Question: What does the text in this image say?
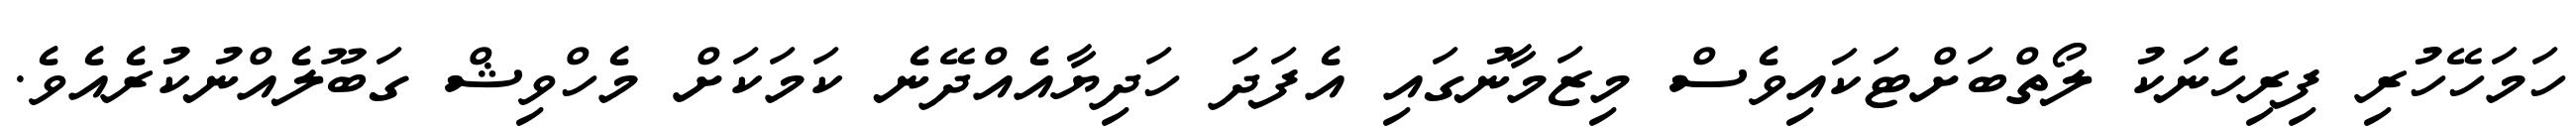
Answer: ހަމަހޭހުރި ފިރިހެނަކު ލޯތްބަށްޓަކައިވެސް މިޒަމާނުގައި އެފަދަ ހަދިޔާއެއްދޭނެ ކަމަކަށް މެހްވިޝް ގަބޫލެއްނުކުރެއެވެ.